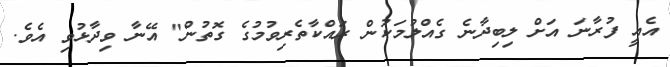
އެއީ ފުރާނަ އަށް ލިބިދާނެ ގެއްލުމަކުން ރައްކާތެރިވުމުގެ ގޮތުން" އޭނާ ވިދާޅުވި އެވެ.